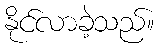
နိုင်လာခဲ့သည်။